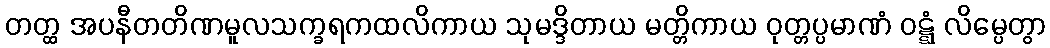
တတ္ထ အပနီတတိဏမူလသက္ခရကထလိကာယ သုမဒ္ဒိတာယ မတ္တိကာယ ဝုတ္တပ္ပမာဏံ ဝဋ္ဋံ လိမ္ပေတွာ